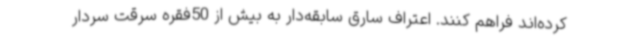
کرده‌اند فراهم کنند. اعتراف سارق سابقه‌دار به بیش از 50فقره سرقت سردار